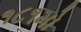
૧૮૧મો